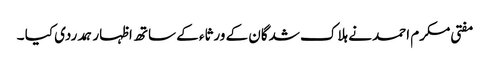
مفتی مکرم احمد نے ہلاک شدگان کے ورثاء کے ساتھ اظہار ہمدردی کیا ۔